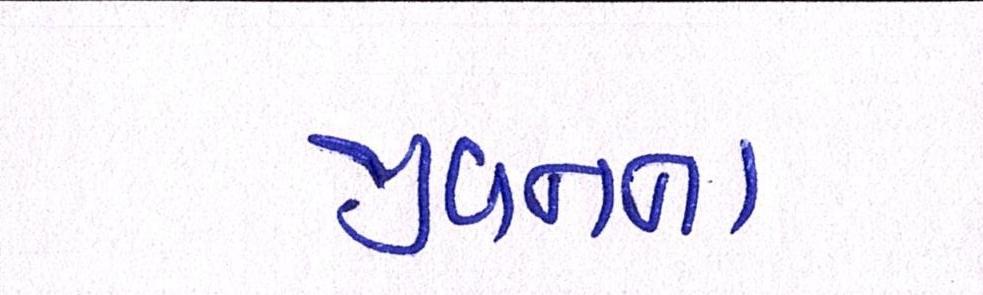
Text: જીવનના